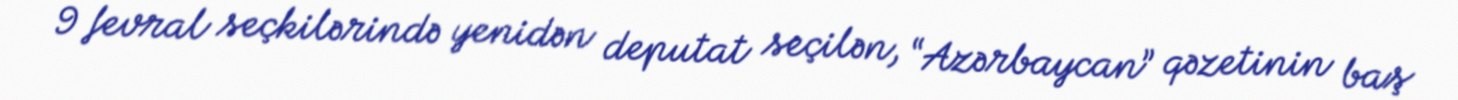
9 fevral seçkilərində yenidən deputat seçilən, “Azərbaycan” qəzetinin baş